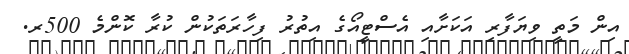
އިން މަތީ ވިޔަފާރި އަކަށާއި އެސްޓީއޯގެ އިތުރު ފިހާރަތަކުން ކުރާ ކޮންމެ 500ރ.